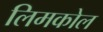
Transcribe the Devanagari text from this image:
लिमकोल